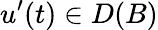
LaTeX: u^{\prime}(t)\in D(B)